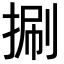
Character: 𢯍